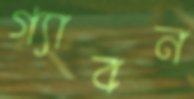
গ্যাবন